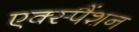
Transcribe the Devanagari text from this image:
एक्स्पैंशन